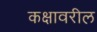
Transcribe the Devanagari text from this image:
कक्षावरील